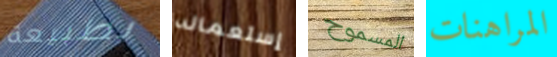
بطبيعة إستعماله المسموح المراهنات